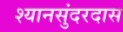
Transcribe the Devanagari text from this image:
श्यानसुंदरदास